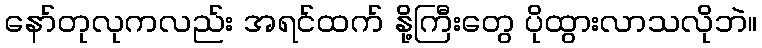
နော်တုလုကလည်း အရင်ထက် နို့ကြီးတွေ ပိုထွားလာသလိုဘဲ။